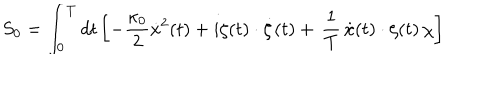
S _ { 0 } = \int _ { 0 } ^ { T } d t \left[ - \frac { \kappa _ { 0 } } { 2 } \dot { x } ^ { 2 } ( t ) + i \zeta ( t ) \cdot \dot { \zeta } ( t ) + \, \frac { 1 } { T } \, \dot { x } ( t ) \cdot \zeta ( t ) \, \chi \right]